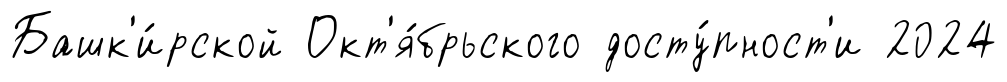
Башк'и́рской Окт'я́брьского досту́пност'и 2024